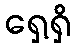
ရှေ့ရှိ